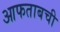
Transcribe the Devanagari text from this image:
आफताबची